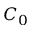
C _ { 0 }